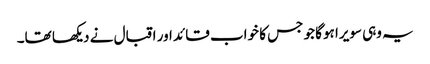
یہ وہی سویرا ہوگا جو جس کا خواب قائد اور اقبال نے دیکھا تھا۔